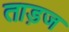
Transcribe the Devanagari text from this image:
ताड़ज